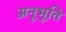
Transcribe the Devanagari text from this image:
अनूभूति